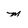
Character: m